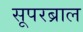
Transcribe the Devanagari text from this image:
सूपरब्राल